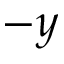
- y